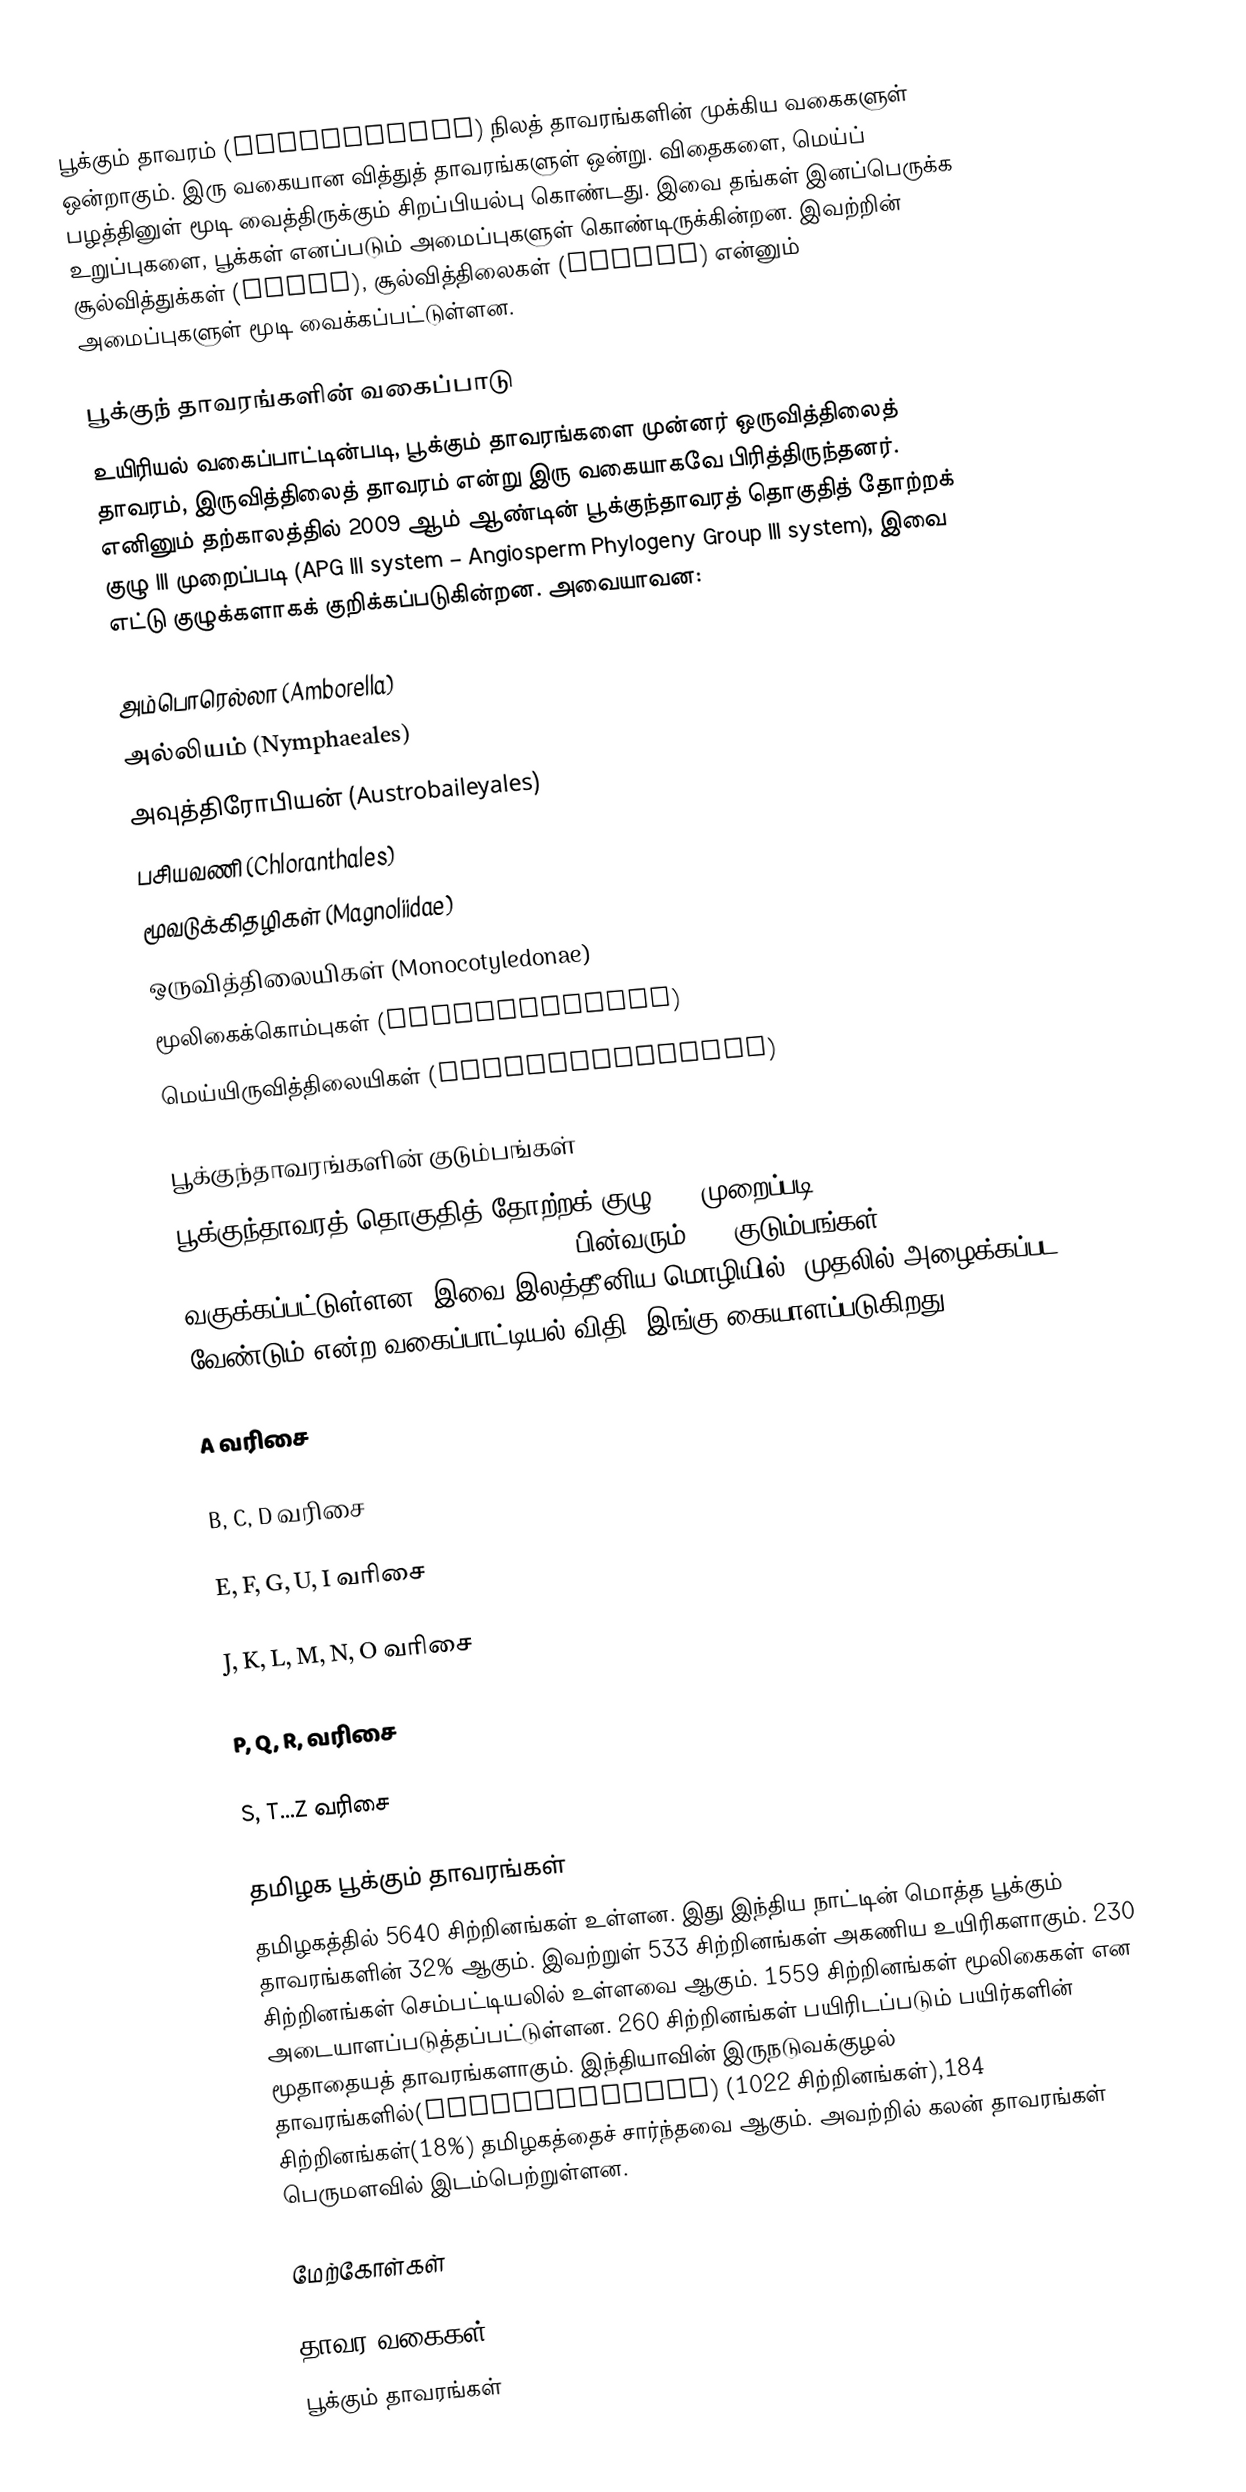
பூக்கும் தாவரம் (angiosperms) நிலத் தாவரங்களின் முக்கிய வகைகளுள் ஒன்றாகும். இரு வகையான வித்துத் தாவரங்களுள் ஒன்று. விதைகளை, மெய்ப் பழத்தினுள் மூடி வைத்திருக்கும் சிறப்பியல்பு கொண்டது. இவை தங்கள் இனப்பெருக்க உறுப்புகளை, பூக்கள் எனப்படும் அமைப்புகளுள் கொண்டிருக்கின்றன. இவற்றின் சூல்வித்துக்கள் (ovule), சூல்வித்திலைகள் (carpel) என்னும் அமைப்புகளுள் மூடி வைக்கப்பட்டுள்ளன.

பூக்குந் தாவரங்களின் வகைப்பாடு
உயிரியல் வகைப்பாட்டின்படி, பூக்கும் தாவரங்களை முன்னர் ஒருவித்திலைத் தாவரம், இருவித்திலைத் தாவரம் என்று இரு வகையாகவே பிரித்திருந்தனர். எனினும் தற்காலத்தில் 2009 ஆம் ஆண்டின் பூக்குந்தாவரத் தொகுதித் தோற்றக் குழு III முறைப்படி (APG III system – Angiosperm Phylogeny Group III system), இவை எட்டு குழுக்களாகக் குறிக்கப்படுகின்றன. அவையாவன:

 அம்பொரெல்லா (Amborella)
 அல்லியம் (Nymphaeales)
 அவுத்திரோபியன் (Austrobaileyales)
 பசியவணி (Chloranthales)
 மூவடுக்கிதழிகள் (Magnoliidae)
 ஒருவித்திலையிகள் (Monocotyledonae)
 மூலிகைக்கொம்புகள் (Ceratophyllum)
 மெய்யிருவித்திலையிகள் (Eudicotyledonae)

பூக்குந்தாவரங்களின் குடும்பங்கள்
பூக்குந்தாவரத் தொகுதித் தோற்றக் குழு III முறைப்படி, 2009(APG III system – Angiosperm Phylogeny Group III system),  பின்வரும்  406 குடும்பங்கள், வகுக்கப்பட்டுள்ளன. இவை இலத்தீனிய மொழியில், முதலில் அழைக்கப்பட வேண்டும் என்ற  வகைப்பாட்டியல் விதி,  இங்கு கையாளப்படுகிறது.

A வரிசை

B, C, D வரிசை

E, F, G, U, I வரிசை

J, K, L, M, N, O  வரிசை

P, Q, R,  வரிசை

S, T...Z  வரிசை

தமிழக பூக்கும் தாவரங்கள்
தமிழகத்தில் 5640 சிற்றினங்கள் உள்ளன. இது இந்திய நாட்டின் மொத்த பூக்கும் தாவரங்களின் 32% ஆகும். இவற்றுள்  533  சிற்றினங்கள் அகணிய உயிரிகளாகும். 230 சிற்றினங்கள் செம்பட்டியலில் உள்ளவை ஆகும்.  1559 சிற்றினங்கள் மூலிகைகள் என அடையாளப்படுத்தப்பட்டுள்ளன. 260 சிற்றினங்கள் பயிரிடப்படும் பயிர்களின் மூதாதையத் தாவரங்களாகும். இந்தியாவின் இருநடுவக்குழல் தாவரங்களில்(Pteridophytes) (1022 சிற்றினங்கள்),184 சிற்றினங்கள்(18%) தமிழகத்தைச் சார்ந்தவை ஆகும். அவற்றில் கலன் தாவரங்கள் பெருமளவில் இடம்பெற்றுள்ளன.

மேற்கோள்கள்

தாவர வகைகள்
பூக்கும் தாவரங்கள்